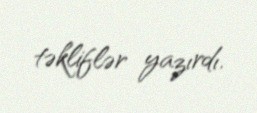
təkliflər yazırdı.